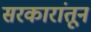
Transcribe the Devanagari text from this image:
सरकारांतून